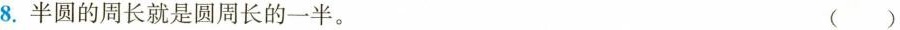
8.半圆的周长就是圆周长的一半。 ()